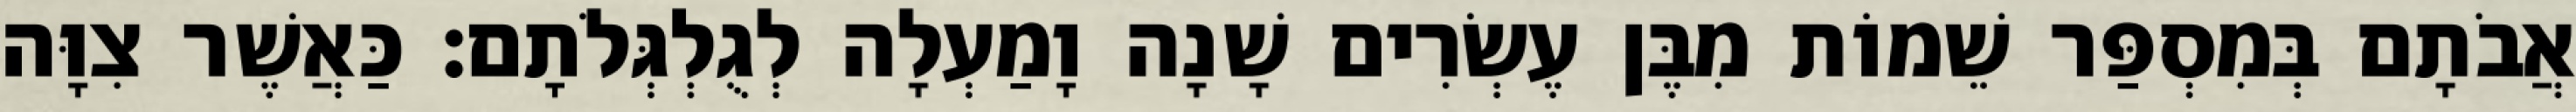
אֲבֹתָם בְּמִסְפַּר שֵׁמוֹת מִבֶּן עֶשְׂרִים שָׁנָה וָמַעְלָה לְגֻלְגְּלֹתָם׃ כַּאֲשֶׁר צִוָּה